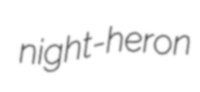
night-heron